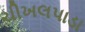
ચીખલપાડા